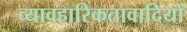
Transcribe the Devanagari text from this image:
व्यावहारिकतावादियों